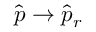
\hat { p } \to \hat { p } _ { r }